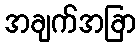
အချက်အခြာ